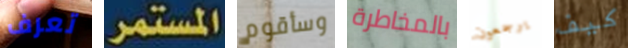
تعرف المستمر وسأقوم بالمخاطرة يرجعون كيف